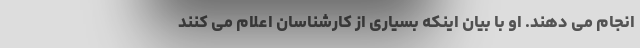
انجام می دهند. او با بیان اینکه بسیاری از کارشناسان اعلام می کنند